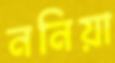
ননিয়া